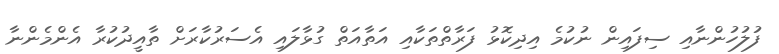
ފުލުހުންނާއި ސިފައިން ނުކުމެ އިދިކޮޅު ފަރާތްތަކާއި އަތާއަތް ގުޅާލައި އެސަރުކާރަށް ތާއީދުކުރާ އެންމެންނާ